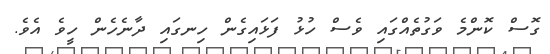
ގޮސް ކޮންމެ ވަގުތެއްގައި ވެސް ހުޅު ފަޅައިގެން ހިނގައި ދާނެހެން ހީވެ އެވެ.